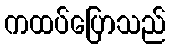
ကထပ်ပြောသည်